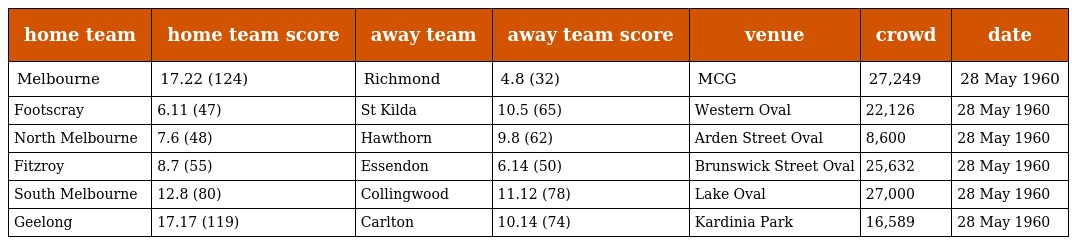
| home team | home team score | away team | away team score | venue | crowd | date |
 | --- | --- | --- | --- | --- | --- | --- |
 | Melbourne | 17.22 (124) | Richmond | 4.8 (32) | MCG | 27,249 | 28 May 1960 |
 | Footscray | 6.11 (47) | St Kilda | 10.5 (65) | Western Oval | 22,126 | 28 May 1960 |
 | North Melbourne | 7.6 (48) | Hawthorn | 9.8 (62) | Arden Street Oval | 8,600 | 28 May 1960 |
 | Fitzroy | 8.7 (55) | Essendon | 6.14 (50) | Brunswick Street Oval | 25,632 | 28 May 1960 |
 | South Melbourne | 12.8 (80) | Collingwood | 11.12 (78) | Lake Oval | 27,000 | 28 May 1960 |
 | Geelong | 17.17 (119) | Carlton | 10.14 (74) | Kardinia Park | 16,589 | 28 May 1960 |